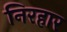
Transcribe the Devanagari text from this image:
निरहार